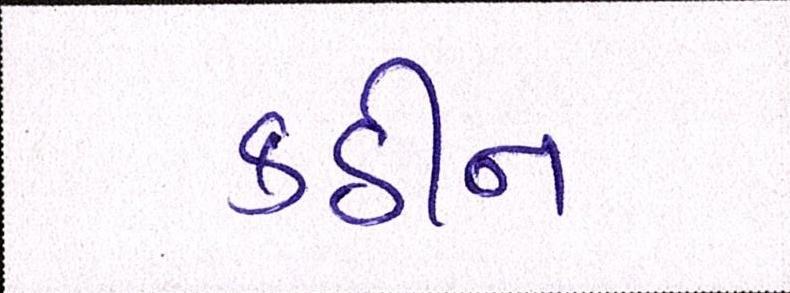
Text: કઠીન